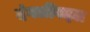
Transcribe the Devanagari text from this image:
दंगलींबद्दल